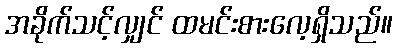
အခိုက်သင့်လျှင် ထမင်းစားလေ့ရှိသည်။